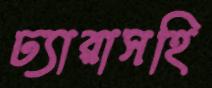
ঢ্যারাসহি